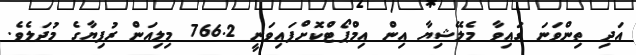
އަދި ތިންވަނަ ގައިވާ މެލޭޝިޔާ އިން އިމްޕޯޓްކޮށްފައިވަނީ 766.2 މިލިއަން ރުފިޔާގެ މުދަލެވެ.